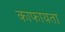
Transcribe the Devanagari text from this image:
काफायता